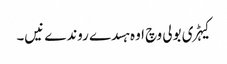
کیہڑی بولی وچ اوہ ہسدے روندے نیں۔